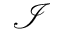
\mathcal { I }